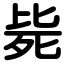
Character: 毙